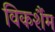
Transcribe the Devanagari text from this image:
विकर्शैम